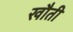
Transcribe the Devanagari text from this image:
खौती